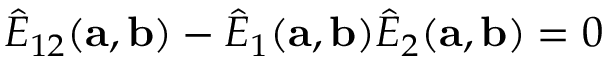
\widehat { E } _ { 1 2 } ( { \bf a } , { \bf b } ) - \widehat { E } _ { 1 } ( { \bf a } , { \bf b } ) \widehat { E } _ { 2 } ( { \bf a } , { \bf b } ) = 0